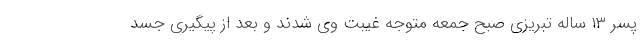
پسر ۱۳ ساله تبریزی صبح جمعه متوجه غیبت وی شدند و بعد از پیگیری جسد